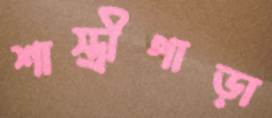
শাস্ত্রীপাড়া